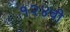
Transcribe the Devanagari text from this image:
१२४वी